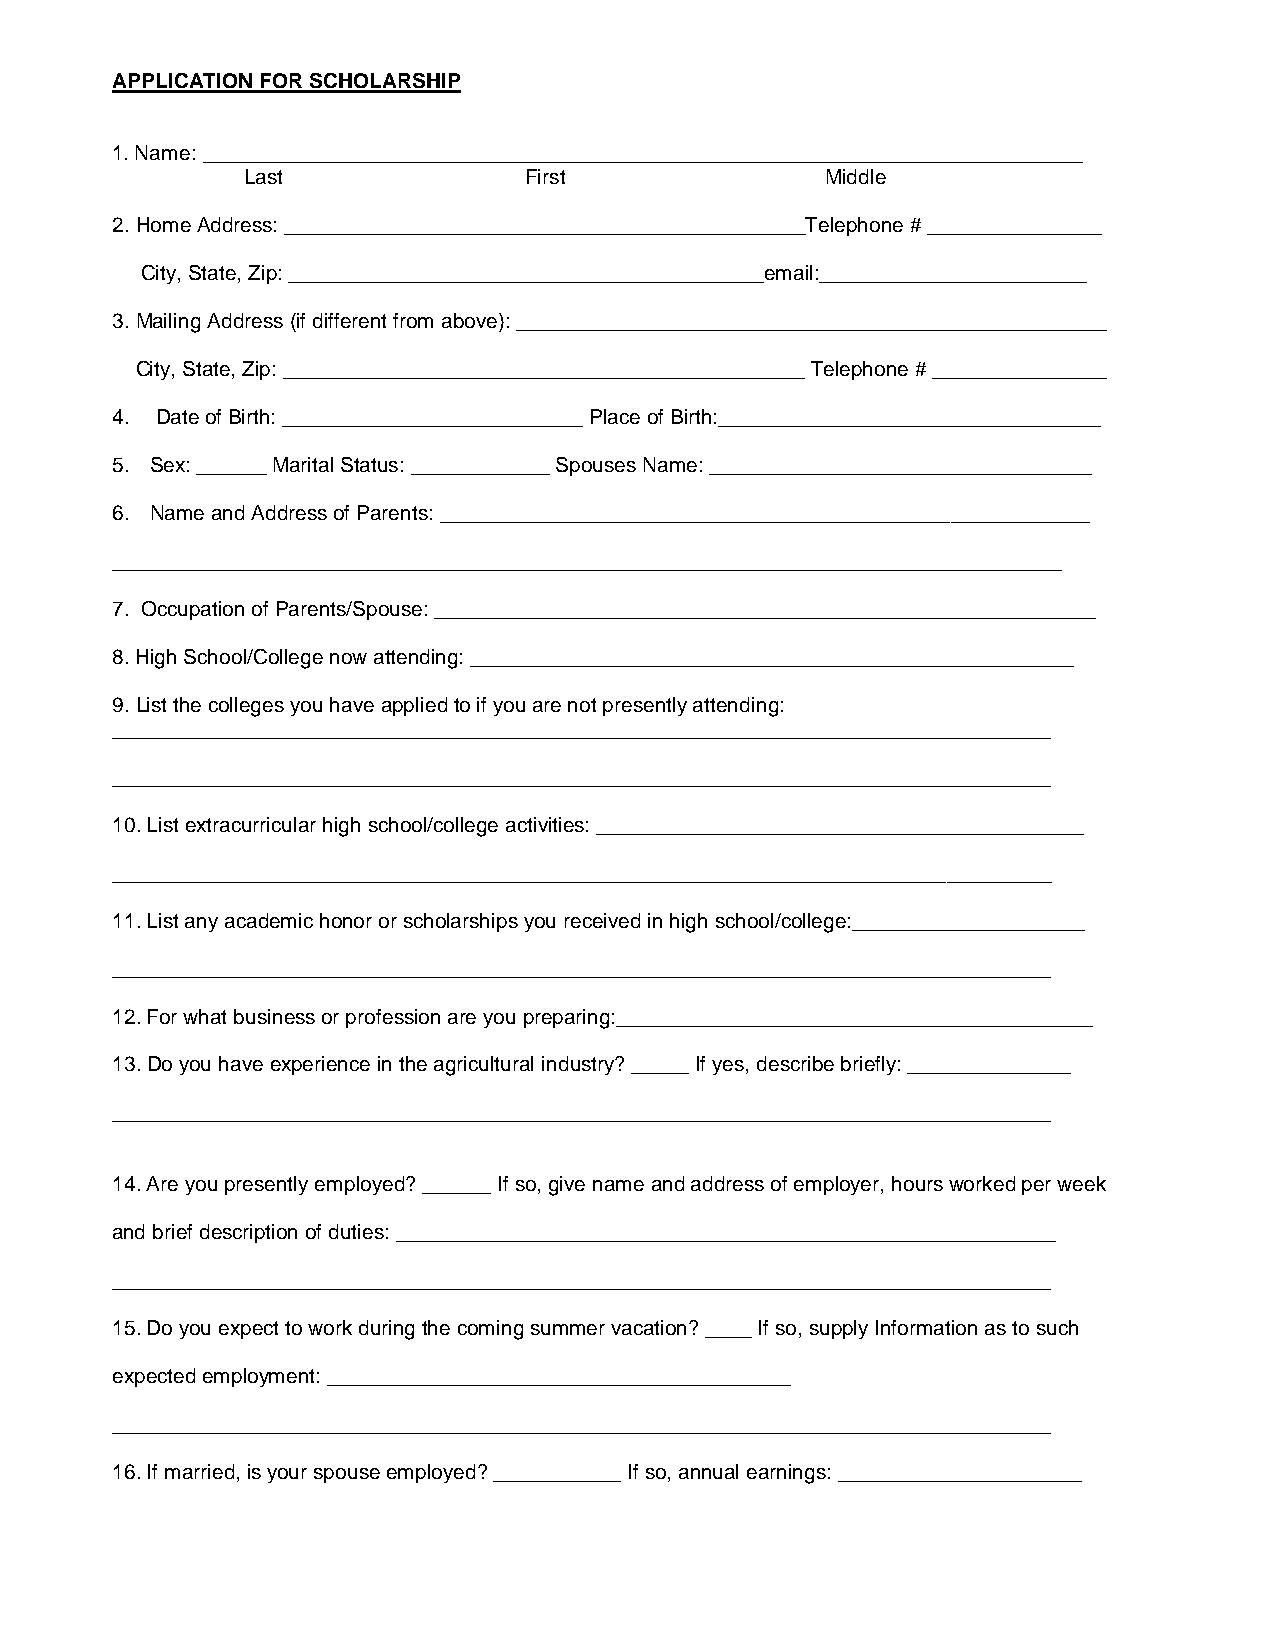
APPLICATION FOR SCHOLARSHIP
 1. Name: ____________________________________________________________________________
 Last               First               Middle
 2. Home Address: _____________________________________________Telephone # _______________
 City, State, Zip: _________________________________________email:_______________________
 3. Mailing Address (if different from above): ___________________________________________________
 City, State, Zip: _____________________________________________ Telephone # _______________
 4. Date of Birth: __________________________ Place of Birth:_________________________________
 5. Sex: ______ Marital Status: ____________ Spouses Name: _________________________________
 6. Name and Address of Parents: ________________________________________________________
 __________________________________________________________________________________
 7. Occupation of Parents/Spouse: _________________________________________________________
 8. High School/College now attending: ____________________________________________________
 9. List the colleges you have applied to if you are not presently attending:
 _________________________________________________________________________________
 _________________________________________________________________________________
 10. List extracurricular high school/college activities: __________________________________________
 _________________________________________________________________________________
 11. List any academic honor or scholarships you received in high school/college:____________________
 _________________________________________________________________________________
 12. For what business or profession are you preparing:_________________________________________
 13. Do you have experience in the agricultural industry? _____ If yes, describe briefly: ______________
 _________________________________________________________________________________
 14. Are you presently employed? ______ If so, give name and address of employer, hours worked per week
 and brief description of duties: _________________________________________________________
 _________________________________________________________________________________
 15. Do you expect to work during the coming summer vacation? ____ If so, supply Information as to such
 expected employment: ________________________________________
 _________________________________________________________________________________
 16. If married, is your spouse employed? ___________ If so, annual earnings: _____________________